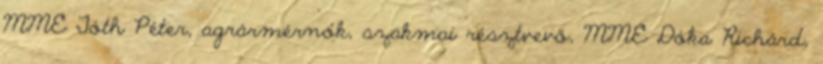
MME Tóth Péter, agrármérnök, szakmai résztvevő, MME Dóka Richárd,